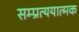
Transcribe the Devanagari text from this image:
सम्प्रत्ययात्मक